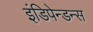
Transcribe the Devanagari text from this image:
इंडिपेन्डन्स